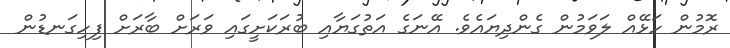
ރޮމުން ހަޅޭއް ލަވަމުން ގެންދިޔައެވެ. އޭނަގެ އަތުގަޔާއި ބުރަކަށީގައި ވަރަށް ބާރަށް ފިހިގަނޑުން